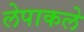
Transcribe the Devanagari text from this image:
लेपाकले